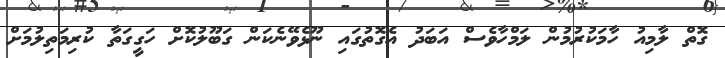
ގޮތް ލާމިއު ހާމަކުރުމުން ލަމްހާވެސް އަބަދު އެގޮތުގައި ނޫޅެވޭނެކަން ގަބޫލުކޮށް ހަގީގަތާ ކުރިމަތިލުމަށް